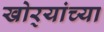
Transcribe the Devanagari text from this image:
खोर्‍यांच्या